system: You are a helpful assistant.
user:
Analyze the provided spectrum to determine if it is a **S-type Star**.

- **Key Indicators for S-type Star:**

    - **(Overall Spectrum Shape):** The first and most obvious characteristic is the overall continuum (the "baseline" shape). It is **extremely "red-sloping,"** meaning the flux (light intensity) is very low on the left side (blue, ~4000-4500 Å) and rises steeply and continuously toward the right side (red, ~7000 Å+).

    - **(Primary):** The spectrum is defined by the presence of strong, broad molecular absorption "valleys" (bands) from **Zirconium Oxide (ZrO)**. The identification of these bands is the **primary requirement** for classifying a star as S-type.
        - **(Key Bandheads):** You must find distinct, deep "dips" where the light has been absorbed. The most critical band systems to locate are:
            - **~6474 Å** ($\gamma$-system): This is often the strongest and clearest ZrO feature, found in the red part of the spectrum.
            - **~5718 Å** & **~5551 Å** ($\beta$-system): A pair of prominent absorption features in the yellow-orange part of the spectrum.
            - **~4640 Å** ($\alpha$-system): A key absorption band system in the blue-green region of the spectrum.

    - **(Secondary Confirmation):** The classification is strengthened by finding additional absorption bands from other related heavy element oxides, which are expected to be present alongside ZrO.
        - **(Key Bandheads):**
            - **Yttrium Oxide (YO):** Look for absorption dips near **~4800 Å** and **~6100 Å**.
            - **Lanthanum Oxide (LaO):** Additional absorption features, particularly in the red-orange part of the spectrum, are also characteristic.

    - **(Line Profile):** The combination of the steep red continuum and these numerous, deep molecular bands (ZrO, YO, etc.) gives the entire spectrum a very **"chopped-up"** or **"bumpy"** appearance. Instead of a smooth curve, the spectrum looks as though large, wide chunks of light have been "carved out" of it at the specific wavelengths listed above.

Think first, call **spectral_visualization_tool** if needed to examine features in detail, then provide your final answer. Your response must adhere to the following strict rules:
1.  **Overall Structure:** Your response must follow the format `<think>...</think> <tool_call>...</tool_call> (if a tool is used) <answer>...</answer>`.
2.  **Tool Usage Constraint:** You may only make **one** tool call per turn.
3.  **Final Answer Format:** In the `<answer>` tag, your conclusion must be inside a `\boxed{}` command (e.g., `\boxed{YES}` or `\boxed{NO}`), followed by your justification.

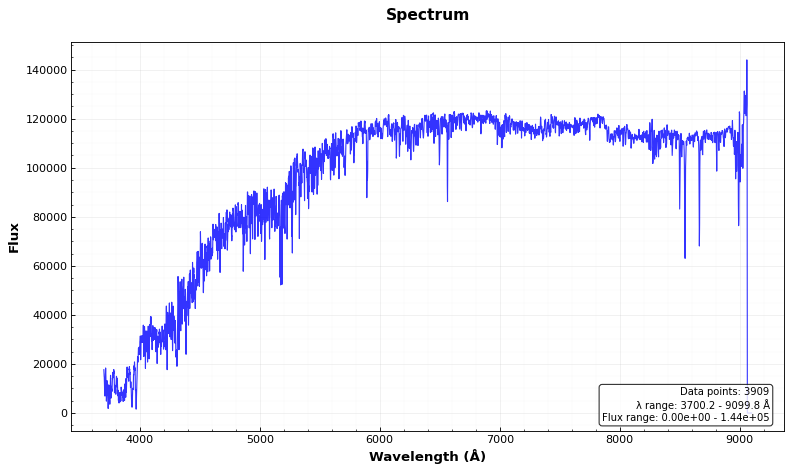
Answer: NO